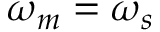
\omega _ { m } = \omega _ { s }